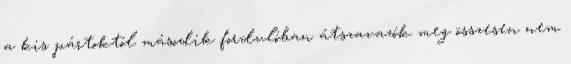
a kis pártoktól második fordulóban átszavazók meg összesen nem